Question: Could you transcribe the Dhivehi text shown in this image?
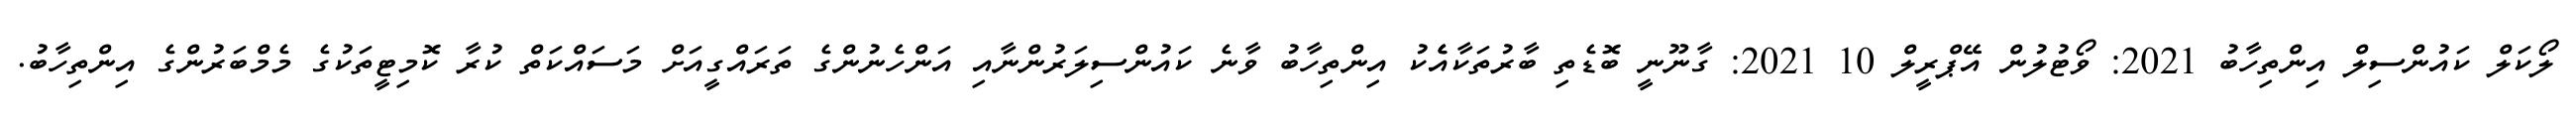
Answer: ލޯކަލް ކައުންސިލް އިންތިހާބު 2021: ވޯޓުލުން އޭޕްރީލް 10 2021: ގާނޫނީ ބޮޑެތި ބާރުތަކާއެެކު އިންތިހާބު ވާނެ ކައުންސިލަރުންނާއި އަންހެނުންގެ ތަރައްގީއަށް މަސައްކަތް ކުރާ ކޮމިޓީތަކުގެ މެމްބަރުންގެ އިންތިހާބު.